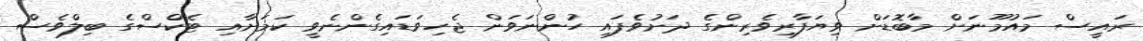
ރައީސް މައުމޫނަށް މާބޮޑަށް ވިޔަފާރިވެރިންގެ ދަށުވެފައި ހުންނަވަން ޖެހިވަޑައިގެންނެވީ ކަމަށާއި ޓެކްސްގެ ބިލްވެސް